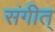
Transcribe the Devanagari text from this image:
संगीत्